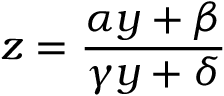
z = { \frac { \alpha y + \beta } { \gamma y + \delta } }